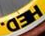
HED